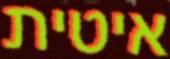
איטית